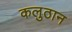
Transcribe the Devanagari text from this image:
कलुठान